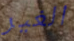
الغير